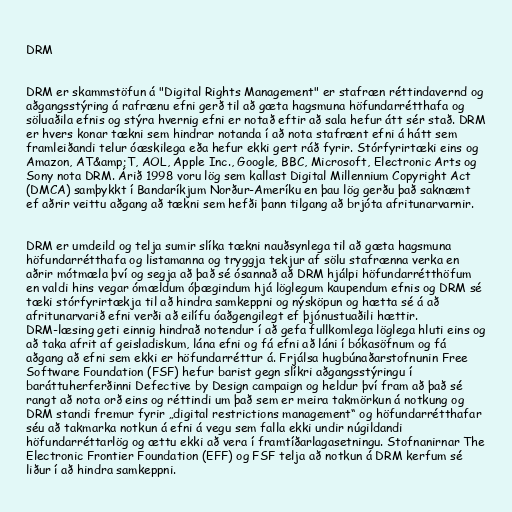
DRM

DRM er skammstöfun á "Digital Rights Management" er stafræn réttindavernd og
aðgangsstýring á rafrænu efni gerð til að gæta hagsmuna höfundarrétthafa og
söluaðila efnis og stýra hvernig efni er notað eftir að sala hefur átt sér stað. DRM
er hvers konar tækni sem hindrar notanda í að nota stafrænt efni á hátt sem
framleiðandi telur óæskilega eða hefur ekki gert ráð fyrir. Stórfyrirtæki eins og
Amazon, AT&amp;T, AOL, Apple Inc., Google, BBC, Microsoft, Electronic Arts og
Sony nota DRM. Árið 1998 voru lög sem kallast Digital Millennium Copyright Act
(DMCA) samþykkt í Bandaríkjum Norður-Ameríku en þau lög gerðu það saknæmt
ef aðrir veittu aðgang að tækni sem hefði þann tilgang að brjóta afritunarvarnir.

DRM er umdeild og telja sumir slíka tækni nauðsynlega til að gæta hagsmuna
höfundarrétthafa og listamanna og tryggja tekjur af sölu stafrænna verka en
aðrir mótmæla því og segja að það sé ósannað að DRM hjálpi höfundarrétthöfum
en valdi hins vegar ómældum óþægindum hjá löglegum kaupendum efnis og DRM sé
tæki stórfyrirtækja til að hindra samkeppni og nýsköpun og hætta sé á að
afritunarvarið efni verði að eilífu óaðgengilegt ef þjónustuaðili hættir.
DRM-læsing geti einnig hindrað notendur í að gefa fullkomlega löglega hluti eins og
að taka afrit af geisladiskum, lána efni og fá efni að láni í bókasöfnum og fá
aðgang að efni sem ekki er höfundarréttur á. Frjálsa hugbúnaðarstofnunin Free
Software Foundation (FSF) hefur barist gegn slíkri aðgangsstýringu í
baráttuherferðinni Defective by Design campaign og heldur því fram að það sé
rangt að nota orð eins og réttindi um það sem er meira takmörkun á notkung og
DRM standi fremur fyrir „digital restrictions management“ og höfundarrétthafar
séu að takmarka notkun á efni á vegu sem falla ekki undir núgildandi
höfundarréttarlög og ættu ekki að vera í framtíðarlagasetningu. Stofnanirnar The
Electronic Frontier Foundation (EFF) og FSF telja að notkun á DRM kerfum sé
liður í að hindra samkeppni.